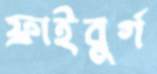
ফ্রাইবুর্গ